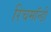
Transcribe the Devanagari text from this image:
रिचमॉन्डी